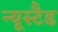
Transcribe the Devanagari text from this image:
न्यूस्टैड